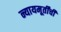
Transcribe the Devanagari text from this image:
न्यायमूर्तींची